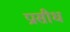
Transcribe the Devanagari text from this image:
प्रासीध